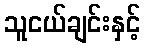
သူငယ်ချင်းနှင့်